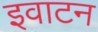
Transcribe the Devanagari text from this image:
इवाटन